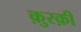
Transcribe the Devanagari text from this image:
क़ुरक़ी